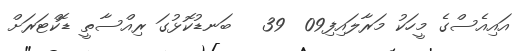
އައިއެސްގެ މީހަކު މަރާލައިފި09  39   ބަނޑުކޮޅުގަ ރިއްސާތީ ޑޮކްޓަރަށް